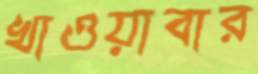
খাওয়াবার